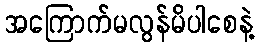
အကြောက်မလွန်မိပါစေနဲ့